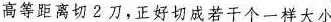
高等距离切2刀，正好切成若干个一样大小